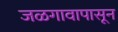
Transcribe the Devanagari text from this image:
जळगावापासून